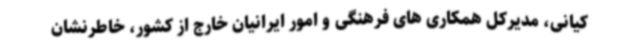
کیانی، مدیرکل همکاری های فرهنگی و امور ایرانیان خارج از کشور، خاطرنشان